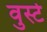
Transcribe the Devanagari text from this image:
वुर्स्ट